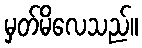
မှတ်မိလေသည်။